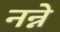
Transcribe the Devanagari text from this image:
नन्ने